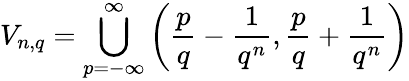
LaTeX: V_{n,q}=\bigcup_{p=-\infty}^{\infty}\left({\frac{p}{q}}-{\frac{1}{q^{n}}},{\frac{p}{q}}+{\frac{1}{q^{n}}}\right)